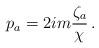
LaTeX: \begin{align*}p_a=2im\frac{\zeta_a}{\chi}\,. \end{align*}